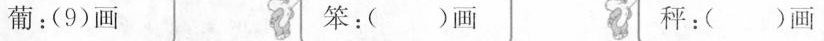
葡：(9)画 笨：( )画 秤：( )画